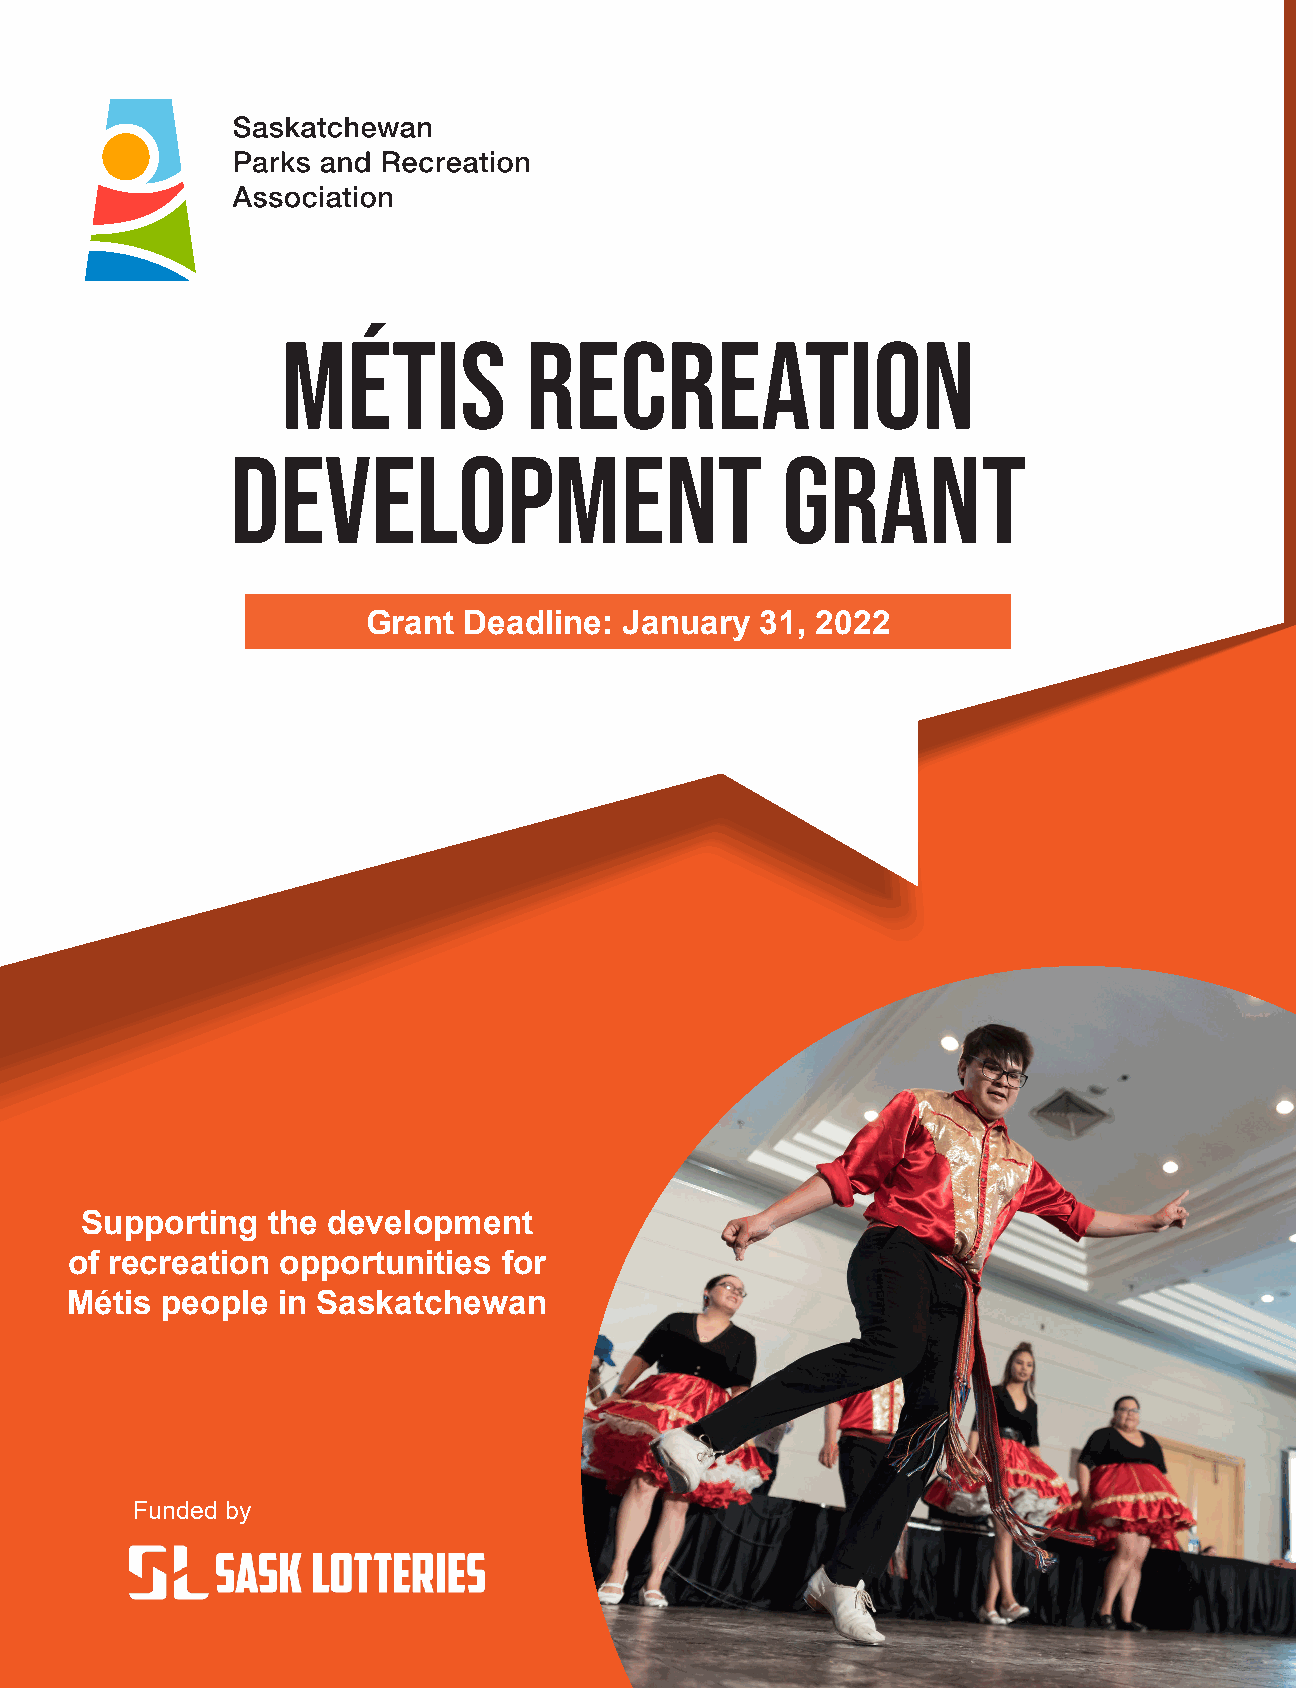
Métis           Recreation
 Development                          Grant
 Grant  Deadline: January  31, 2022
 Supporting   the development
 of recreation opportunities  for
 Métis  people in Saskatchewan
 Funded by